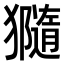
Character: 𤢩